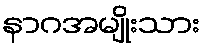
နာဂအမျိုးသား